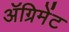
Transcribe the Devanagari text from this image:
ॲग्रिमेंट